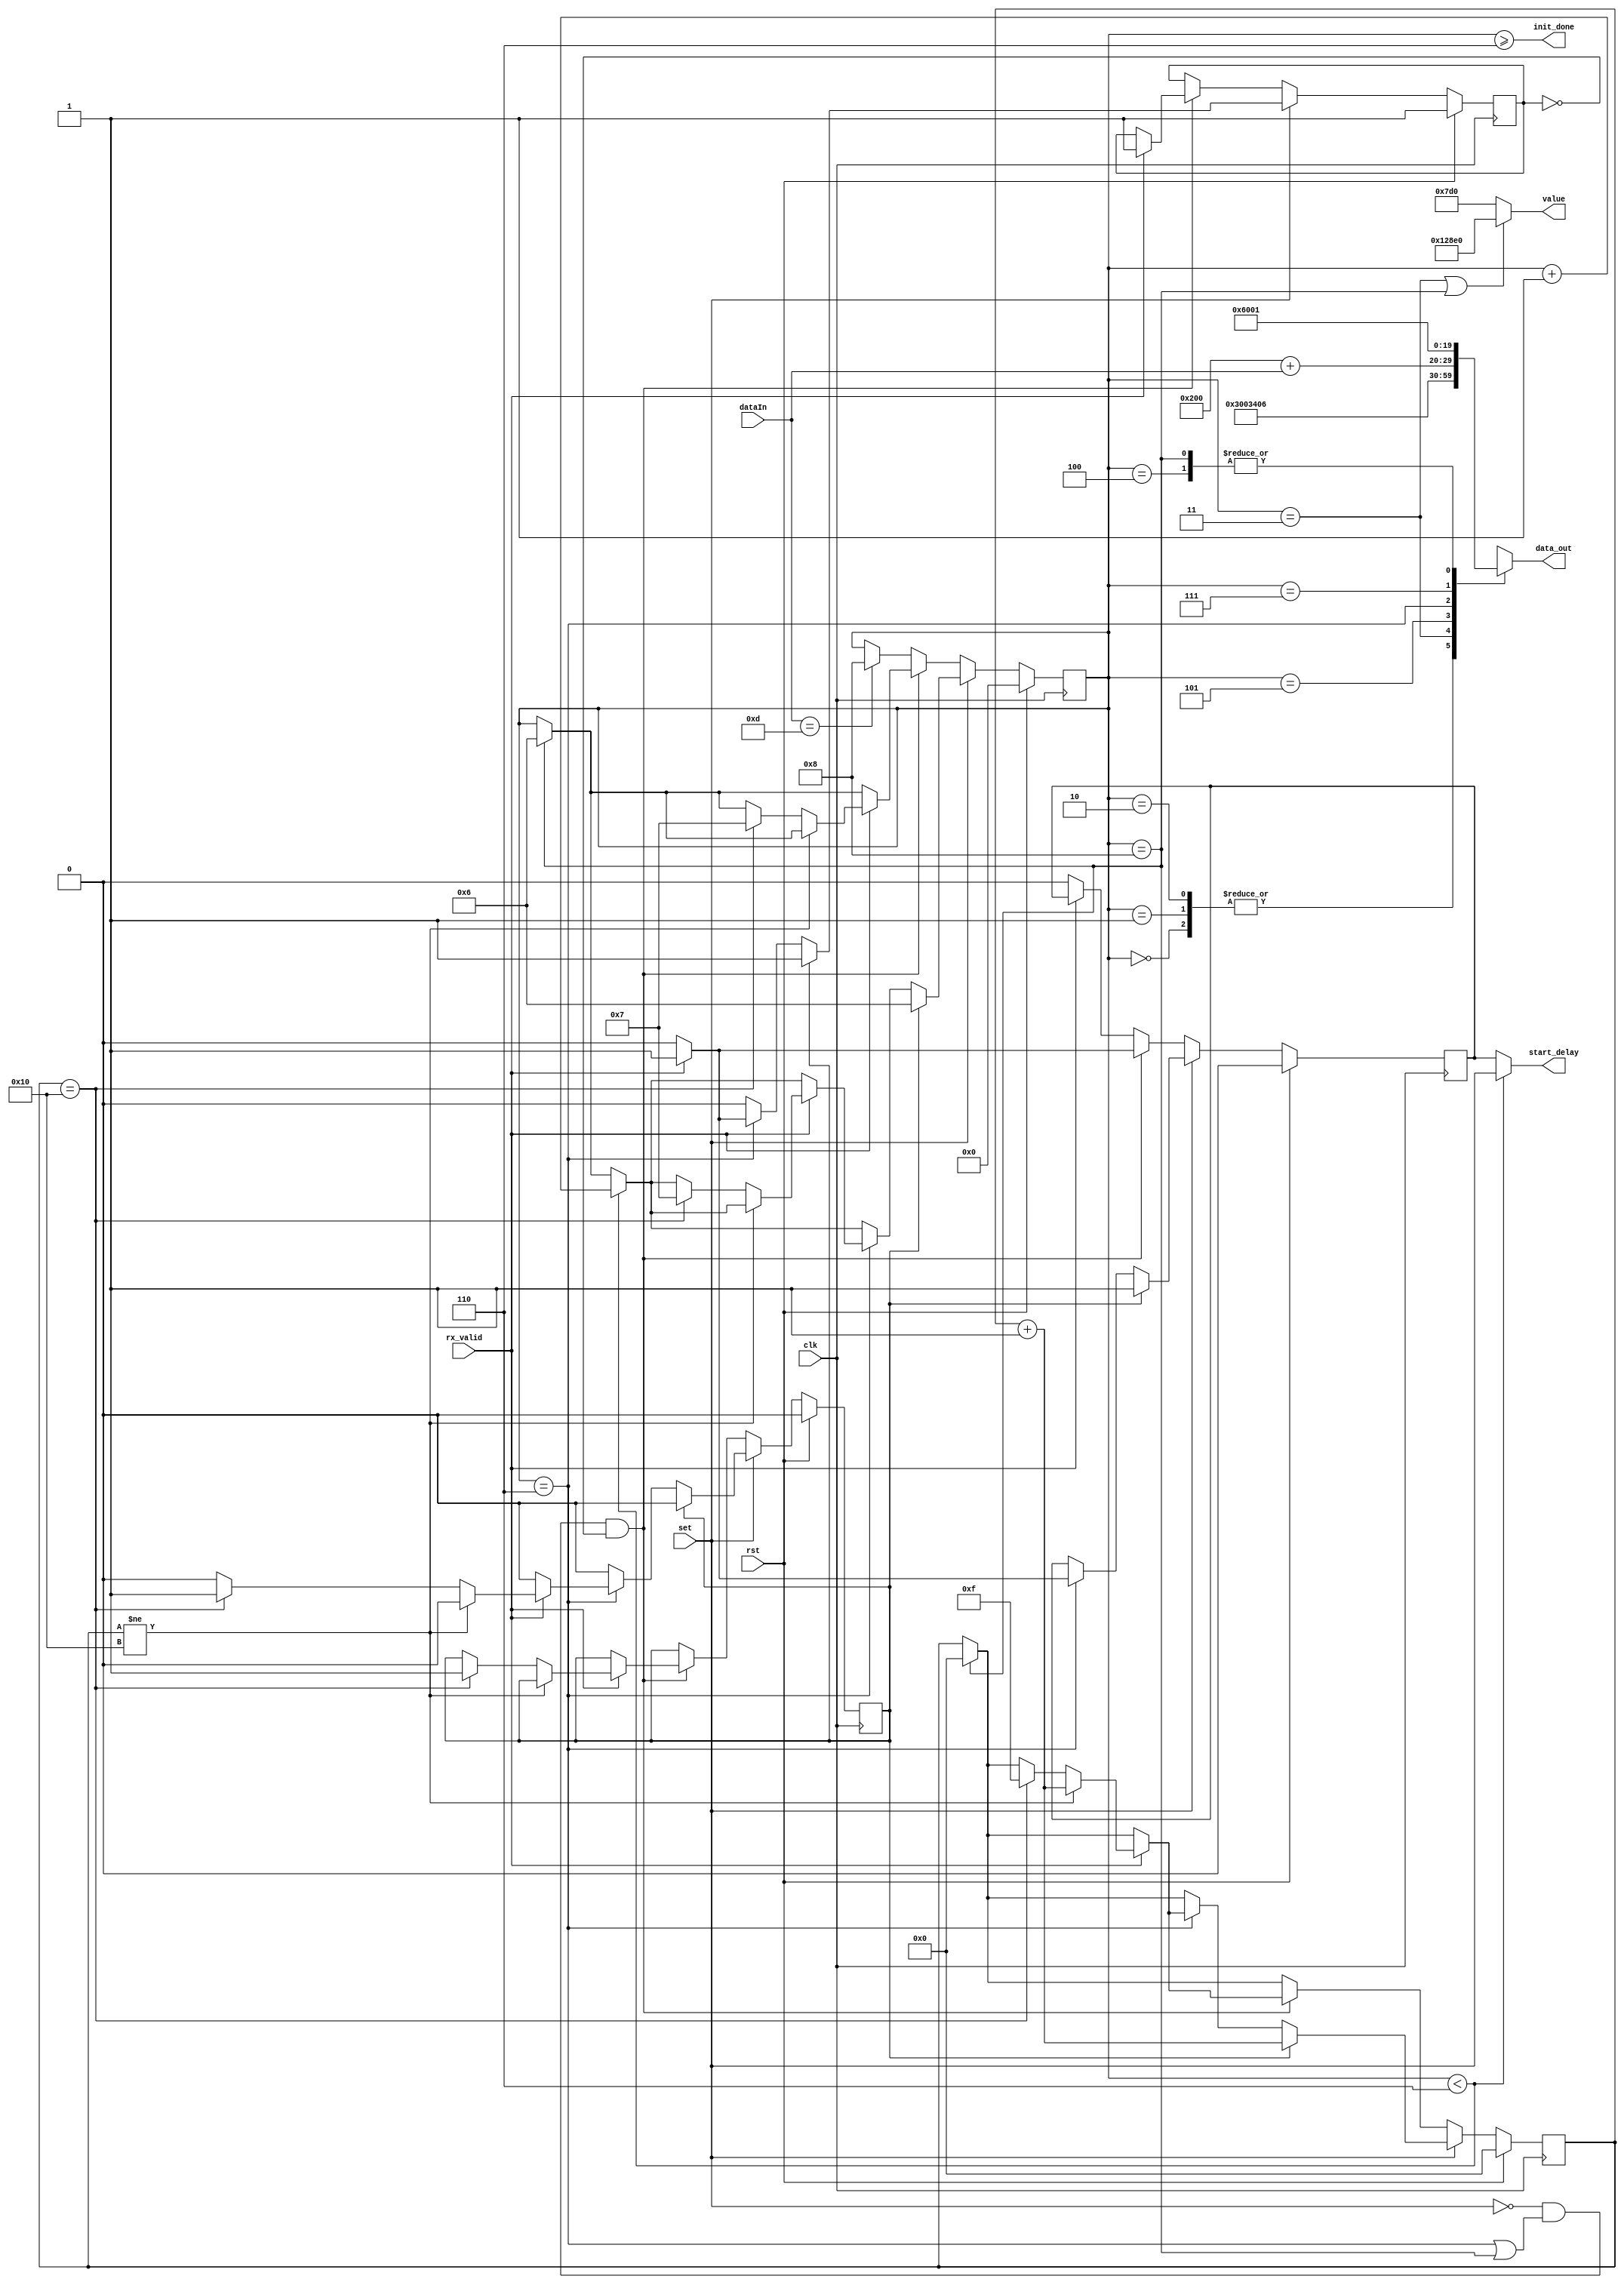
module mem(
	input 				clk,
	input 				rst,
	input 				set,		// delay_done
	input [7:0]			dataIn,
	input				rx_valid,
	
	output [9:0]		data_out,
	output				init_done,
	output	[16:0]		value,
	output				start_delay
);

reg				hold;
reg				flag_delay;
reg				start_del;
reg	 [3:0]		state;
reg  [4:0]		counter;
wire [9:0]		instruction [8:0];
wire [4:0]		next_counter;


assign	instruction[0] = 10'h30;			// set the initial LCD instructions reset
assign	instruction[1] = 10'h30;			// set the initial LCD instructions reset
assign	instruction[2] = 10'h30;
assign	instruction[3] = 10'hd;
assign	instruction[4] = 10'h1;
assign	instruction[5] = 10'h6;

assign  instruction[6] = 10'b1000000000 + dataIn;	// data
assign	instruction[7] = 10'h18;					// move the cursor to the left		
assign	instruction[8] = 10'h1;						// clear		


always @(posedge clk) begin
	state <= (dataIn == 'd13) ? 8 : state;		// if ENTER was detected -> switch to state=8 to clear screen
	counter <= (state == 8) ? 0 : counter;		// if we cleared the screen --> start counting from 0
	
	if (rst) begin
		state <= 3'd0;
		hold <= 0;			// mark if we're on more than 15 chars, so we're looping through the last 2 chars, while moving left the chars and adding a new one each time
		start_del <= 0;
		counter <= 0;		// amount of chars on screen
		flag_delay <= 1;	// mark that we're waiting for the DELAY to finish
	end
	else if (set) begin 
		flag_delay <= 0;
		state <= (state < 6) ? state+1 : (state == 8 ? 6 : state);
		if (hold) begin		// looping through the 15-16 chars
			state <= 6;
			hold <= 0;
			counter <= counter+1;
			start_del <= 1;			// give set to delay and enable
			flag_delay <= 1;		// mark that we're waiting for the DELAY to finish
		end
		else if (state == 6) begin
			if (rx_valid) begin
				if (counter != 16)
					counter <= next_counter;
				else if (counter == 16) begin	// we've reached the end of screen. move cursor 1 char back, and mark that we're looping
					state <= 7;
					counter <= 15;
					hold <= 1;
				end
				
				start_del <= 1;				// give set to delay and enable
				flag_delay <= 1;			// mark that we're waiting for the DELAY to finish
			end
			else if (!rx_valid) begin		// if the data isn't valid, don't print it to the screen
				start_del <= 0;
			end
		end
	end	
	else if (!set && (state == 6 || state == 8) && !flag_delay) begin
		state <= (state == 8) ? 6 : state;
		
		if(rx_valid) begin
			if (counter != 16)
				counter <= next_counter;
			else if (counter == 16) begin	// we've reached the end of screen. move cursor 1 char back, and mark that we're looping
				state <= 7;
				counter <= 15;
				hold <= 1;
			end
			
			start_del <= 1;				// give set to delay and enable
			flag_delay <= 1;			// mark that we're waiting for the DELAY to finish
		end	
		else if(!rx_valid) begin		// if the data isn't valid, don't print it to the screen
			start_del <= 0;
		end
	end
	else if(!rx_valid) begin			// if the data isn't valid, don't print it to the screen
		start_del <= 0;
	end
end	


assign init_done = (state >= 6);		
assign next_counter = counter + 'b1;	
assign data_out = instruction[state];
assign value = (state == 3 || state == 8) ? 76000 : 2000;
assign start_delay = (state < 6) ? set : start_del;
	
endmodule